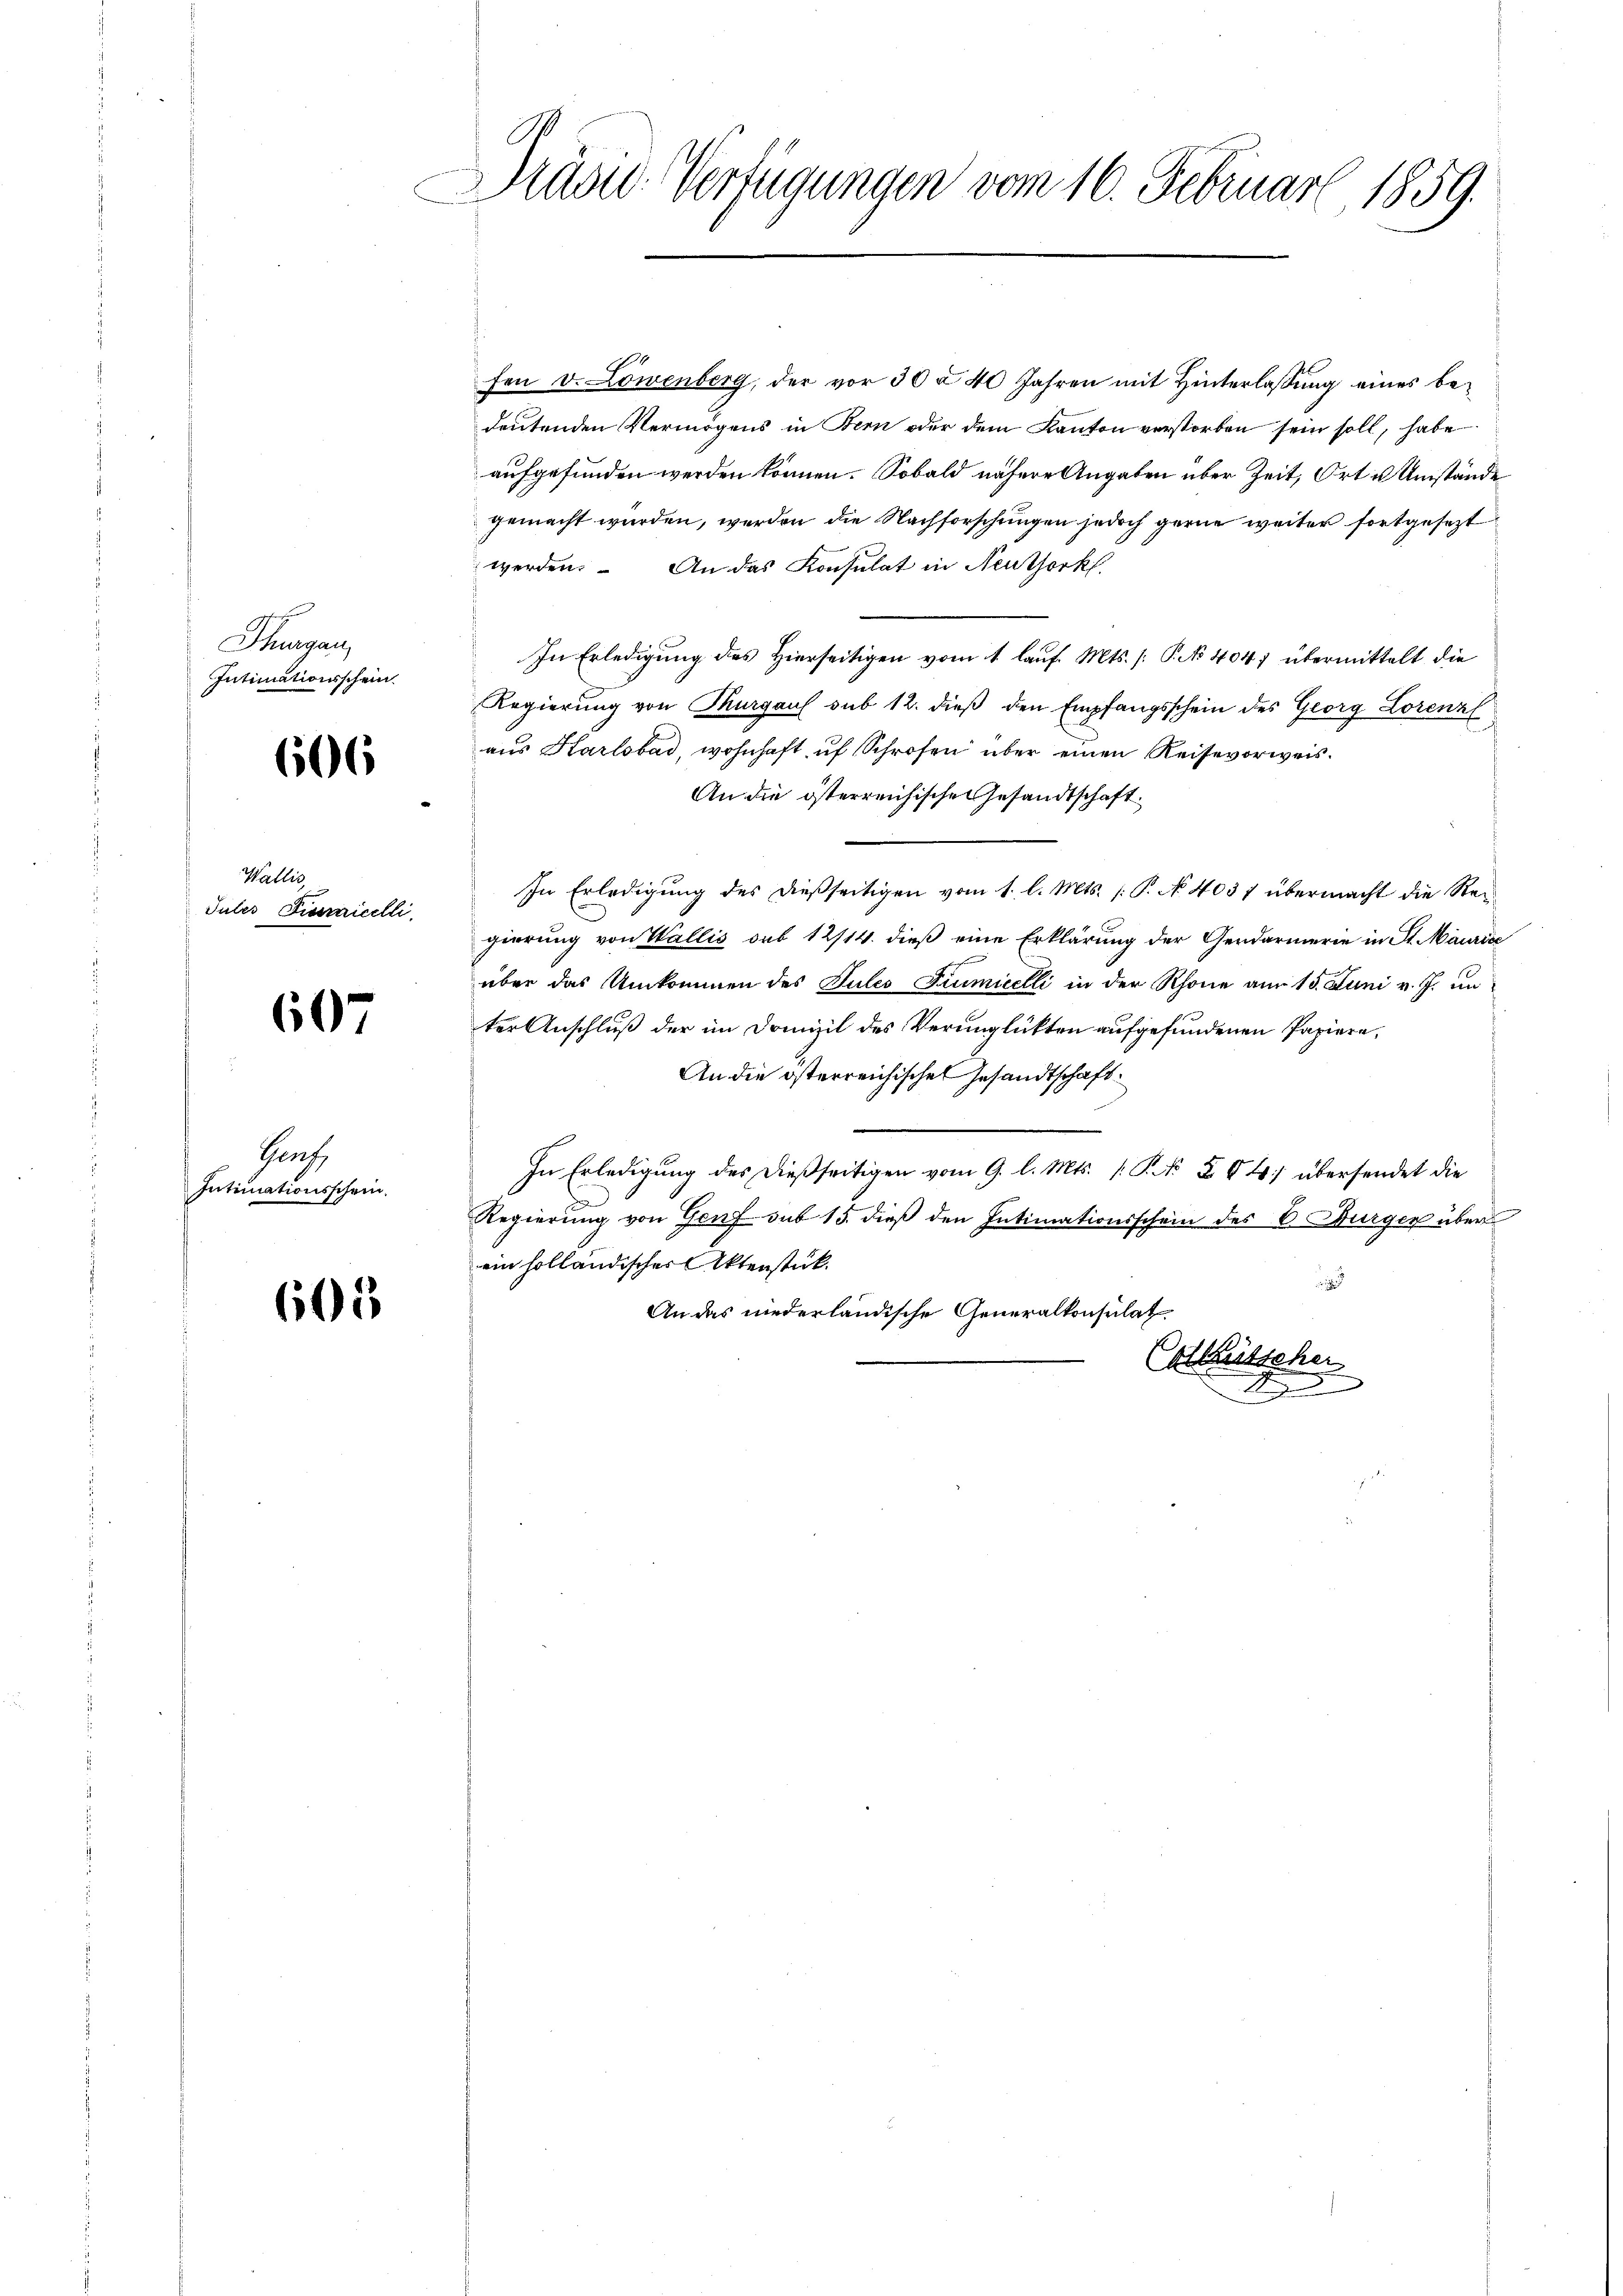
Thurgau,
Intimationsschein.

606

Wallis,
Juler Pianicelli

607

Geh.
Intimationsschein.

600

Drüse Verfügungen vom 16. Februar 1859.

fen v. Löwenberg, der vor 30 à 40 Jahren mit Hinterlassung eines bedeutenden Vermögens in Bern oder dem Kanton verstorben sein soll, habe
aufgefunden werden können. Sobald nähere Angaben über Zeit, Ort in Umstände
gemacht wurden, werden die Nachforschungen jedoch gerne weiter fortgesezt
werden. An das Konsulat in Neuthork
In Erledigung des Hierseitigen vom 1. lauf. Mts. [: P. No 404, übermittelt die
Regierung von Thurgaus sub 12. dieß den Empfangsschein des Georg Lorenzl
aus Karlsbad, wohnhaft uf Schröfen über einen Reisevorweis¬
An die österreichische Gesandtschaft.
In Erledigung des dießseitigen vom 1. l. Mts. [ P. N. 4037 übermacht die Regierung von Wallis sub 12/14. dieß eine Erklärung der Gendarmerie in St. Maurice
über das Umkommen des Jules Fiumicelli in der Schöne am 15. Juni v. J. in
ter Anschluß der im Domizil des Verunglükten aufgefundenen Papiere,
An die österreichischen Gesandtschaft
In Erledigung des dießseitigen vom 9. l. Mts. 1. P. Nr. 804 übersendet die
Regierung von Genf sub 15. dieß den Intimationsschein des 6. Burger über
ein holländischer Aktenstück.
i
An das niederländische Generalkonsulat
Catleutscher
A